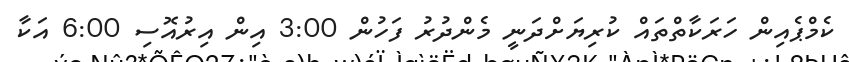
ކެމްޕެއިން ހަރަކާތްތައް ކުރިޔަށްދަނީ މެންދުރު ފަހުން 3:00 އިން އިރުއޮސި 6:00 އަކާ